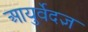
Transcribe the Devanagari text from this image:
आयुर्वेदज्ञ